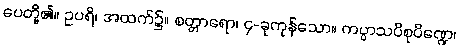
ပေတို့၏။ ဥပရိ၊ အထက်၌။ စတ္တာရော၊ ၄-ခုကုန်သော။ ကပ္ပာသပိစုပိဏ္ဍေ၊